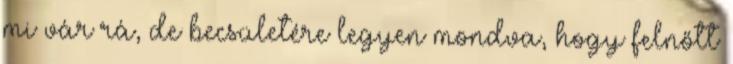
mi vár rá, de becsületére legyen mondva, hogy felnőtt